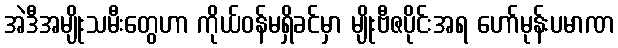
အဲဒီအမျိုးသမီးတွေဟာ ကိုယ်ဝန်မရှိခင်မှာ မျိုးဗီဇပိုင်းအရ ဟော်မုန်းပမာဏ